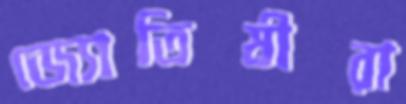
জ্যোতিষীরা